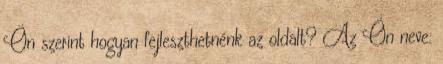
Ön szerint hogyan fejleszthetnénk az oldalt? Az Ön neve: